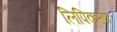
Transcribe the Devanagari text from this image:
लिपिकरण